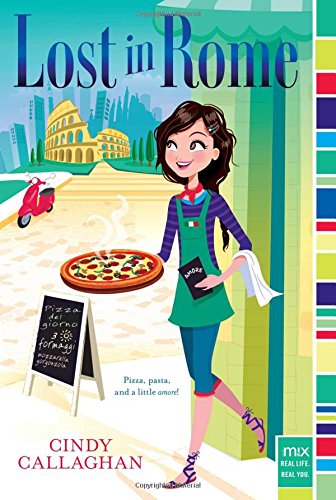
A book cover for Lost in Rome (mix); Cindy Callaghan; Children's Books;